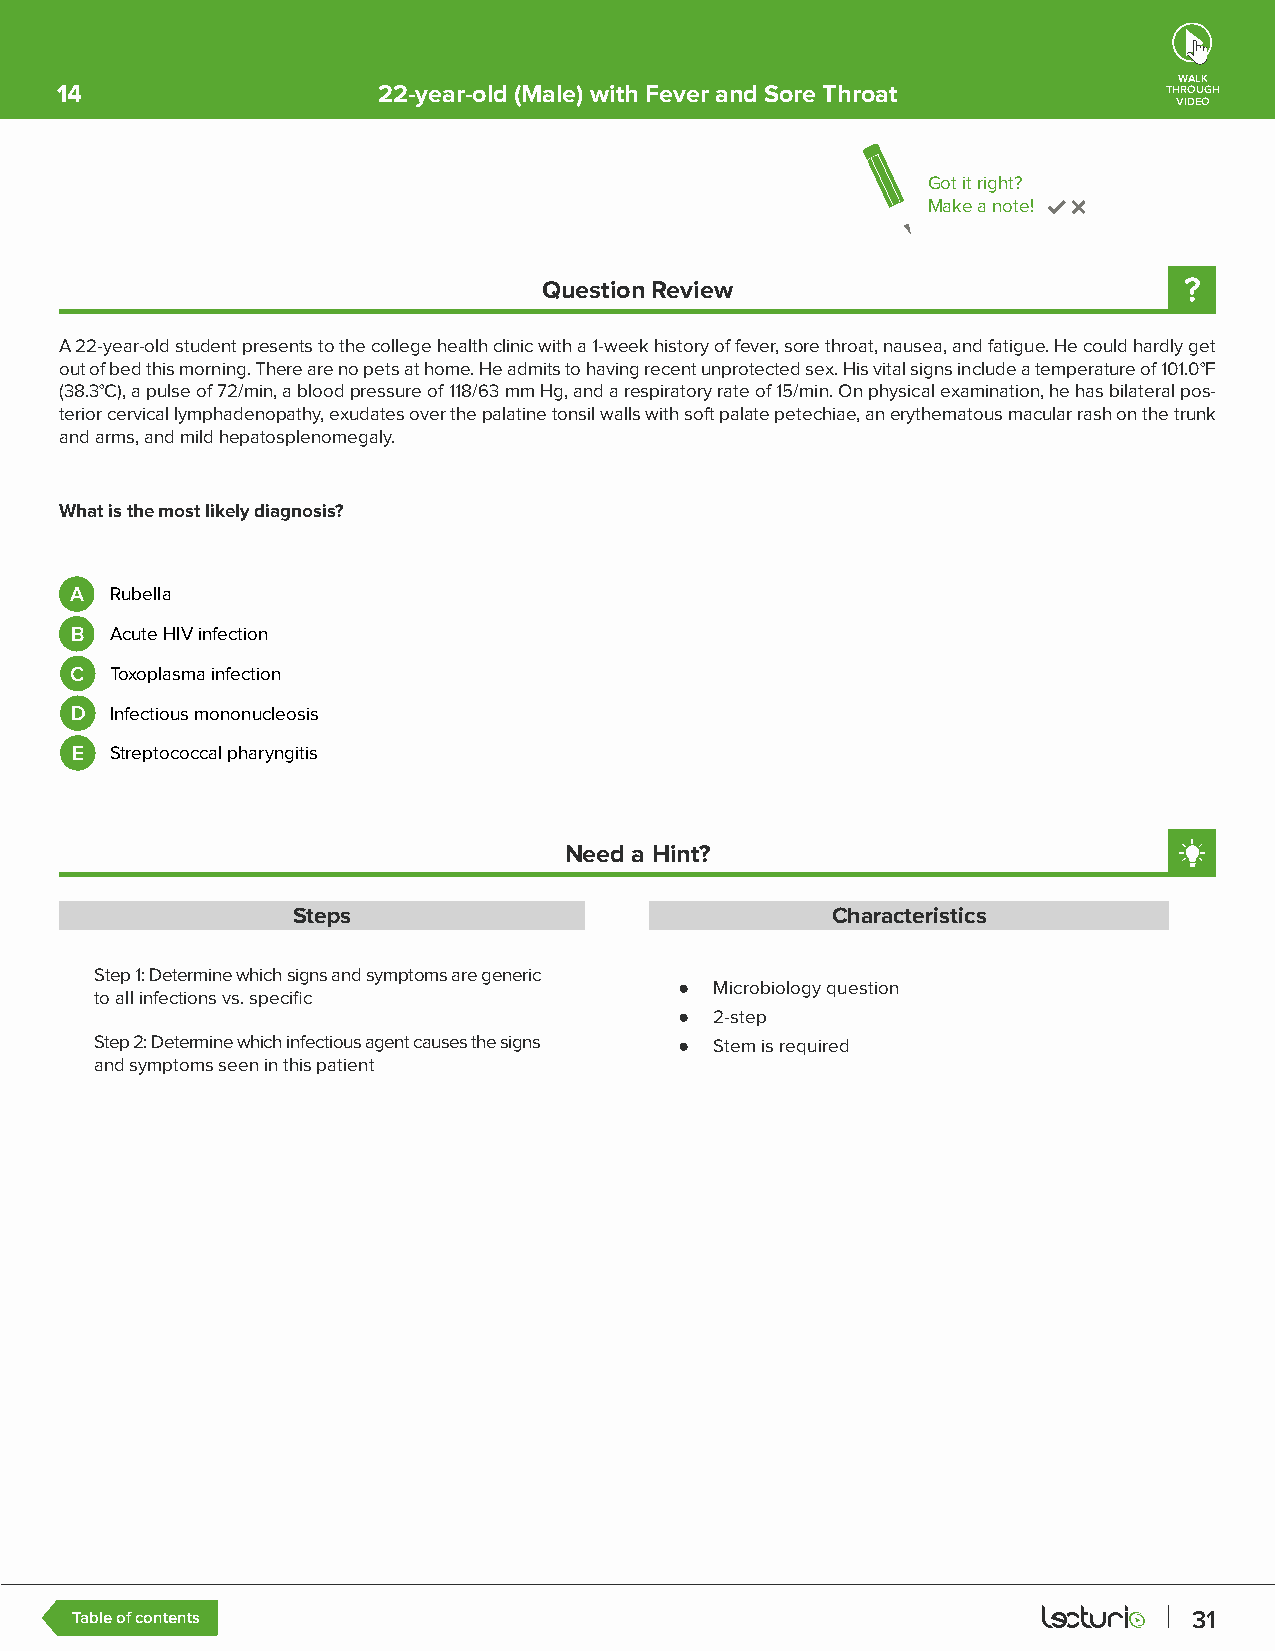
WALK
 14                   22-year-old (Male) with Fever and Sore Throat       THROUGH
 VIDEO
 Got it right?
 Make a note!
 Question Review
 A 22-year-old student presents to the college health clinic with a 1-week history of fever, sore throat, nausea, and fatigue. He could hardly get
 out of bed this morning. There are no pets at home. He admits to having recent unprotected sex. His vital signs include a temperature of 101.0°F
 (38.3°C), a pulse of 72/min, a blood pressure of 118/63 mm Hg, and a respiratory rate of 15/min. On physical examination, he has bilateral pos-
 terior cervical lymphadenopathy, exudates over the palatine tonsil walls with soft palate petechiae, an erythematous macular rash on the trunk
 and arms, and mild hepatosplenomegaly.
 What is the most likely diagnosis?
 A Rubella
 B Acute HIV infection
 C Toxoplasma infection
 D Infectious mononucleosis
 E Streptococcal pharyngitis
 Need a Hint?
 Steps                               Characteristics
 Step 1: Determine which signs and symptoms are generic
 ● Microbiology question
 to all infections vs. specific
 ● 2-step
 Step 2: Determine which infectious agent causes the signs ● Stem is required
 and symptoms seen in this patient
 Table of contents                                                         31